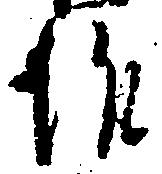
作